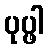
ပုပ္ဖါ